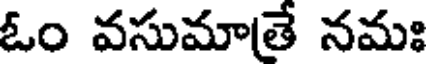
ఓం వసుమాతే నమః